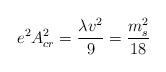
LaTeX: \begin{align*}e^2A_{cr}^2 = {\lambda v^2\over 9} = {m_s^2\over 18}\end{align*}